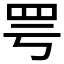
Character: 𫅀